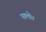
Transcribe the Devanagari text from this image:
पाले।।